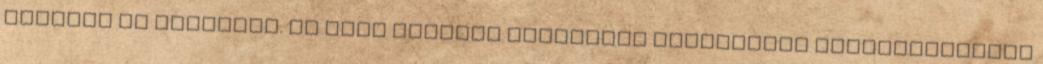
tervezô és szakértô. Az Elsô Angster orgonáért Alapítvány kuratóriumának